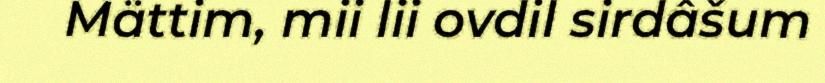
Mättim, mii lii ovdil sirdâšum